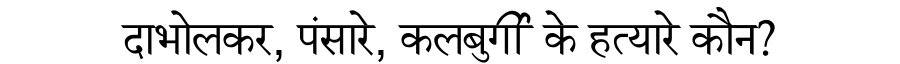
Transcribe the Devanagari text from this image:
दाभोलकर, पंसारे, कलबुर्गी के हत्यारे कौन?